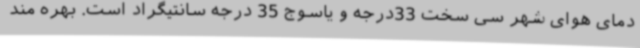
دمای هوای شهر سی سخت 33درجه و یاسوج 35 درجه سانتیگراد است. بهره مند